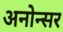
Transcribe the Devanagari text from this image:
अनोन्सर